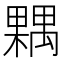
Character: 𣜢